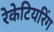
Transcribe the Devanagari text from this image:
रेकेटियरिंग